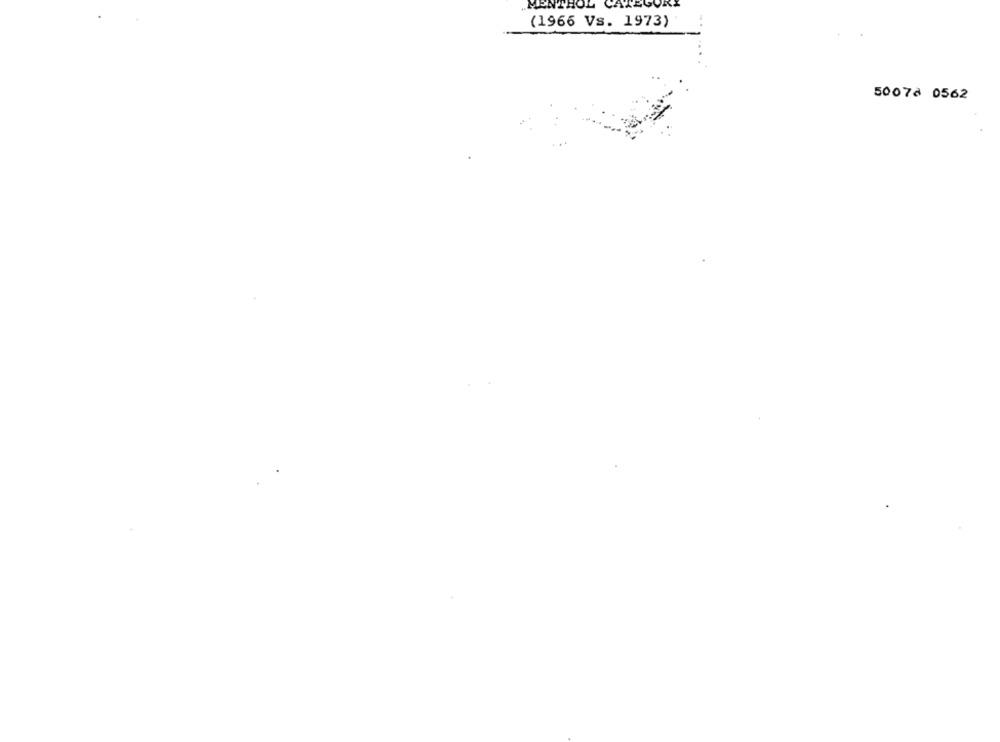
MENTHOL
(1966 Vs. 1973)
50078 0562